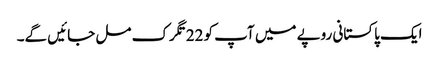
ایک پاکستانی روپے میں آپ کو 22تگرک مل جائیں گے۔